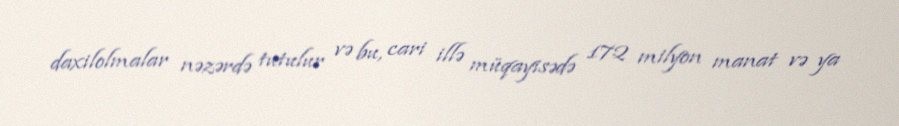
daxilolmalar nəzərdə tutulur və bu, cari illə müqayisədə 172 milyon manat və ya